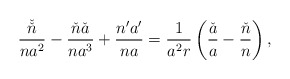
\begin{align*}\frac{\check{\check{n}}}{na^2}-\frac{\check{n}\check{a}}{na^3}+\frac{n'a'}{na}=\frac{1}{a^2r}\left(\frac{\check{a}}{a}-\frac{\check{n}}{n}\right),\end{align*}